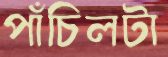
পাঁচিলটা